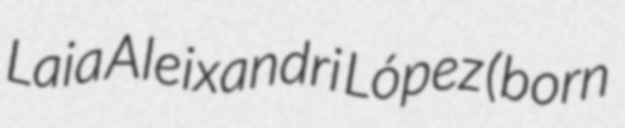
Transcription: Laia Aleixandri López (born